Report on the cholera epidemic of
Year: 1868
Disease focus: Cholera
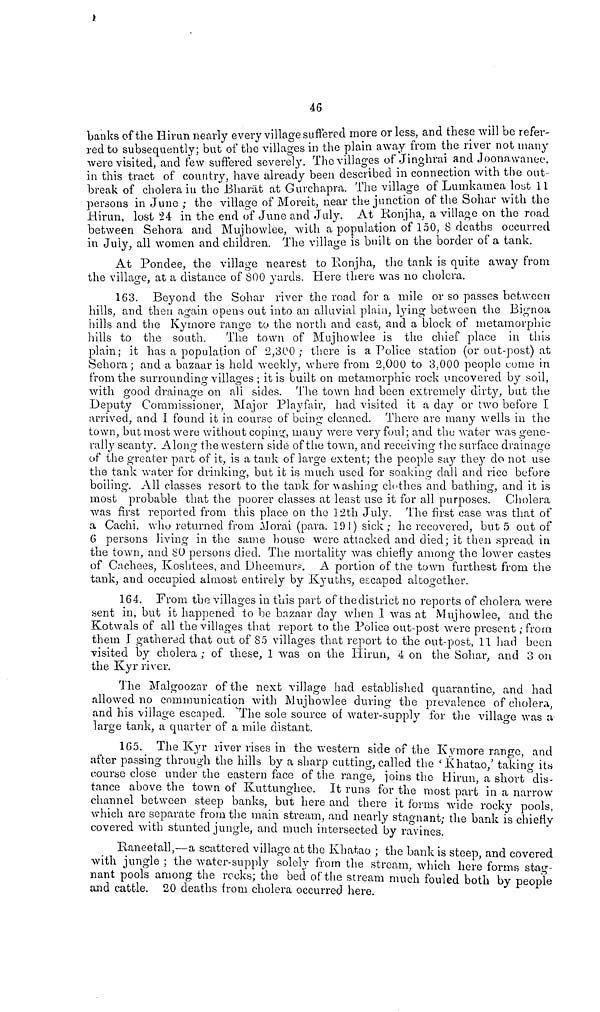
46
banks of the Hirun nearly every village suffered more or less, and these will be refer-
red to subsequently; but of the villages in the plain away from the river not many
were visited, and few suffered severely. The villages of Jinghrai and Joonawanee,
in this tract of country, have already been described in connection with the out-
break of cholera in the Bharat at Gurchapra. The village of Lumkamea lost 11
persons in June ; the village of Moreit, near the junction of the Sohar with the
Hirim, lost 24 in the end of June and July. At Ronjha, a village on the road
between Sehora and Mujhowlee, with a population of 150, 8 deaths occurred
in July, all women and children. The village is built on the border of a tank.
At Fondee, the village nearest to Ronjha, the tank is quite away from
the village, at a distance of 800 yards. Here there was no cholera.
163. Beyond the Sohar river the road for a mile or so passes between
hills, and then again opens out into an alluvial plain, lying between the Bignoa
hills and the Kyrnore range to the north and east, and a block of metamorphic
hills to the south. The town of Mujhowlee is the chief place in this
plain; it has a population of 2,300; there is a Police station (or out-post) at
Sehora; and a bazaar is held weekly, where from 2,000 to 3,000 people come in
from the surrounding villages ; it is built on metamorphie rock uncovered by soil,
with good drainage on all sides. The town had been extremely dirty, but the
Deputy Commissioner, Major Playfair, had visited it a day or two before T
arrived, and I found it in course of being cleaned. There are many wells in the
town, but most were without coping, many were very foul; and the water was gene-
rally scanty. Along the western side of the town, and receiving the surface drainage
of the greater part of it, is a tank of large extent; the people say they do not use
the tank water for drinking, but it is much used for soaking dall and rice before
boiling. All classes resort to the tank for cashing clothes and bathing, and it is
most probable that the poorer classes at least use it for all purposes. Cholera
was first reported from this place on the 12th July. The first case was that of
a Cachi, who returned from Morai (para. 191) sick; he recovered, but 5 out of
6 persons Jiving in the same house were attacked and died ; it then spread in
the town, and 80 persons died. The mortality was chiefly among the lower castes
of Cachees, Koshtees, and Dheemurs. A portion of the town furthest from the
tank, and occupied almost entirely by Kyuths, escaped altogether.
164. From the villages in this part of the district no reports of cholera were
sent in, but it happened to be bazaar day when 1 was at Mujhowlee, and the
Kotwals of all the villages that report to the Police out-post were present; from
them I gathered that out of 85 villages that report to the out-post, 11 had been
visited by cholera ; of these, 1 was on the Hirun, 4 on the Sohar, and 3 on
the Kyr river.
The Malgoozar of the next village had established quarantine, and had
allowed no communication with Mujhowlee during the prevalence of cholera,
and his village escaped. The sole source of water-supply for the village was a
large tank, a quarter of a mile distant.
165. The Kyr river rises in the western side of the Kymore range, and
after passing through the hills by a sharp cutting, called the ' Khatao,' taking its
course close under the eastern face of the range, joins the Hirun, a short dis-
tance above the town of Kuttunghee. It runs for the most part in a narrow
channel between steep banks, but here and there it forms wide rocky pools,
which are separate from the main stream, and nearly stagnant; the bank is chiefly
covered with stunted jungle, and much intersected by ravines!
Raneetall,—a scattered village at the Khatao ; the bank is steep, and covered
with jungle ; the water-supply solely from the stream, which here forms stag-
nant pools among the rocks; the bed of the stream much fouled both by people
and cattle. 20 deaths from cholera occurred here.